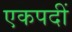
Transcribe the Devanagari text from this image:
एकपदीं